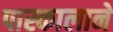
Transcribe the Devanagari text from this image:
पास्कालाने